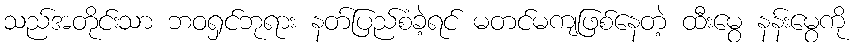
သည်အတိုင်းသာ ဘဝရှင်ဘုရား နတ်ပြည်စံခဲ့ရင် မတင်မကျဖြစ်နေတဲ့ ထီးမွေ နန်းမွေကို